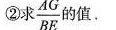
②求 \frac{AG}{BE}的值.